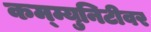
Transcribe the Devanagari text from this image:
कम्म्युनिटीवर